Report of an investigation of the epidemic of malarial fever in Assam, or, kala-azar
Disease focus: Malaria
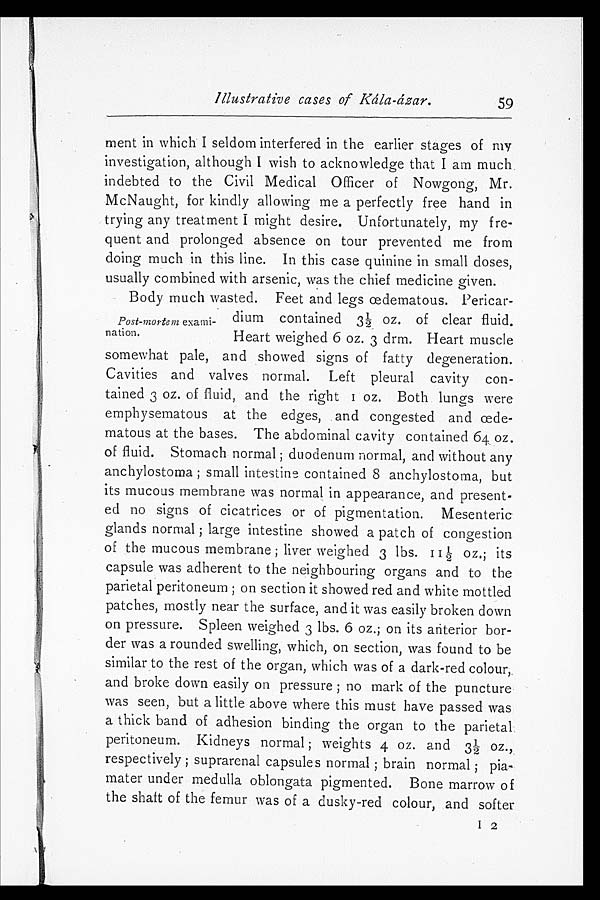
Illustrative cases of Kála-ázar.
59
ment in which I seldom interfered in the earlier stages of my
investigation, although I wish to acknowledge that I am much
indebted to the Civil Medical Officer of Nowgong, Mr.
McNaught, for kindly allowing me a perfectly free hand in
trying any treatment I might desire. Unfortunately, my fre-
quent and prolonged absence on tour prevented me from
doing much in this line. In this case quinine in small doses,
usually combined with arsenic, was the chief medicine given.
Body much wasted. Feet and legs œdematous. Pericar-
dium contained 31/2 oz. of clear fluid.
Heart weighed 6 oz. 3 drm. Heart muscle
somewhat pale, and showed signs of fatty degeneration.
Cavities and valves normal. Left pleural cavity con-
tained 3 oz. of fluid, and the right 1 oz. Both lungs were
emphysematous at the edges, and congested and œde-
matous at the bases. The abdominal cavity contained 64 oz.
of fluid. Stomach normal; duodenum normal, and without any
anchylostoma; small intestine contained 8 anchylostoma, but
its mucous membrane was normal in appearance, and present-
ed no signs of cicatrices or of pigmentation. Mesenteric
glands normal; large intestine showed a patch of congestion
of the mucous membrane; liver weighed 3 lbs. 111/2 oz,; its
capsule was adherent to the neighbouring organs and to the
parietal peritoneum; on section it showed red and white mottled
patches, mostly near the surface, and it was easily broken down
on pressure. Spleen weighed 3 lbs. 6 oz.; on its anterior bor-
der was a rounded swelling, which, on section, was found to be
similar to the rest of the organ, which was of a dark-red colour,
and broke down easily on pressure; no mark of the puncture
was seen, but a little above where this must have passed was
a thick band of adhesion binding the organ to the parietal
peritoneum. Kidneys normal; weights 4 oz. and 31/2 oz.,
respectively; suprarenal capsules normal; brain normal; pia-
mater under medulla oblongata pigmented. Bone marrow of
the shaft of the femur was of a dusky-red colour, and softer
I 2
Post-mortem exami-
nation.